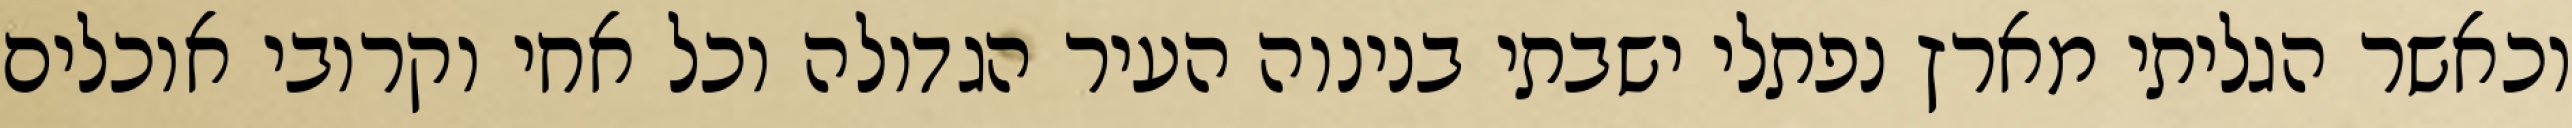
וכאשר הגליתי מארץ נפתלי ישבתי בנינוה העיר הגדולה וכל אחי וקרובי אוכלים